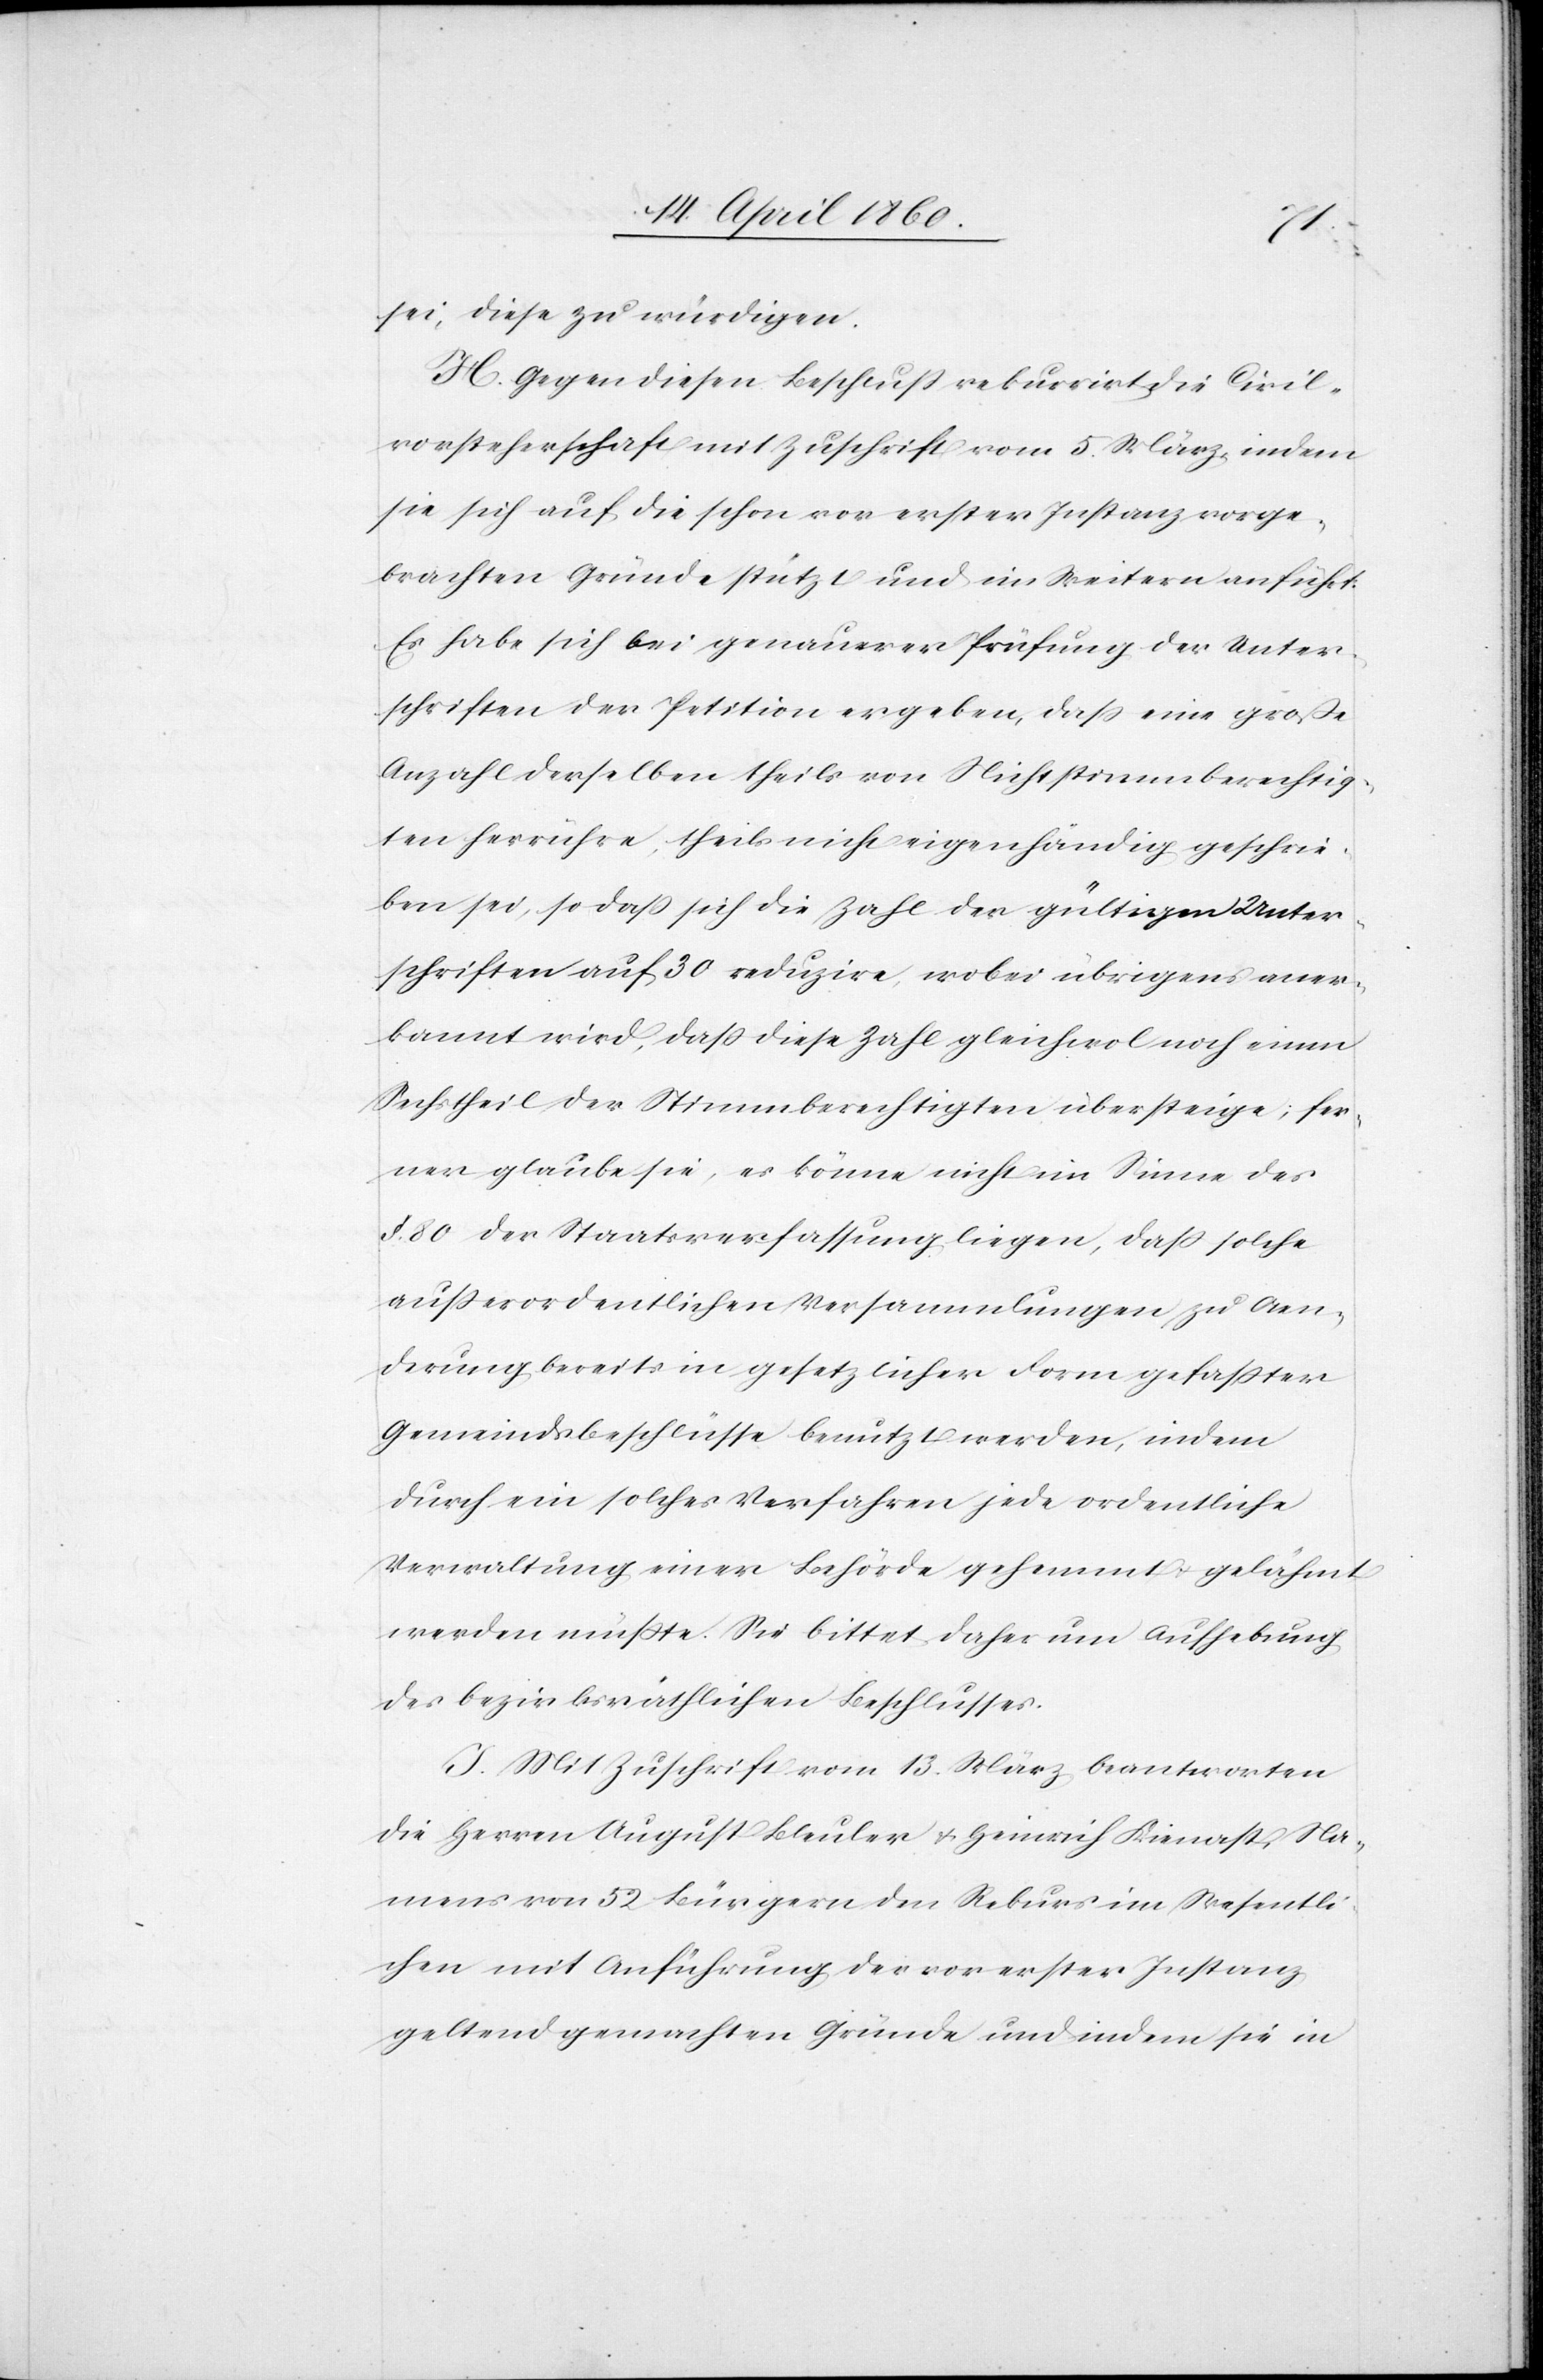
sei, diese zu würdigen.
H. Gegen diesen Beschluss rekurrirt die Civil¬
vorsteherschaft mit Zuschrift vom 5. März, indem
sie sich auf die schon vor erster Instanz vorge¬
brachten Gründe stützt und im Weitern anführt:
Es habe sich bei genauerer Prüfung der Unter¬
schriften der Petition ergeben, dass eine grosse
Anzahl derselben theils von Nichtstimmberechtig¬
ten herrühre, theils nicht eigenhändig geschrie¬
ben sei, so dass sich die Zahl der gültigen Unter¬
schriften auf 30 reduzire, wobei übrigens aner¬
kannt wird, dass diese Zahl gleicherwol noch einen
Sechstheil der Stimmberechtigten übersteige; fer¬
ner glaube sie, es könne nicht im Sinne des
§. 80. der Staatsverfassung liegen, dass solche
ausserordentlichen Versammlungen zu Aen¬
derung bereits in gesetzlicher Form gefasster
Gemeindsbeschlüsse benutzt werden, indem
durch ein solches Verfahren jede ordentliche
Verwaltung einer Behörde gehemmt u. gelähmt
werden müsste. Sie bittet daher um Aufhebung
des bezirksräthlichen Beschlusses.
I. Mit Zuschrift vom 13. März beantworten
die Herren August Bleuler u. Heinrich Kienast, Na¬
mens von 52. Bürgern den Rekurs im Wesentli¬
chen mit Anführung der vor erster Instanz
geltend gemachten Gründe und indem sie in